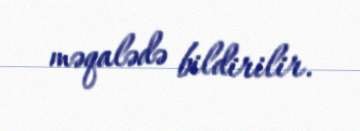
məqalədə bildirilir.